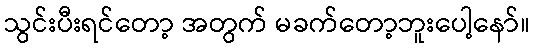
သွင်းပီးရင်တော့ အတွက် မခက်တော့ဘူးပေါ့နော်။